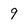
Character: 9